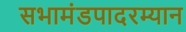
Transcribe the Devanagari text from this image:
सभामंडपादरम्यान